Annual report of the Punjab Veterinary College and of the Civil Veterinary Department, Punjab - 1920-1925
Year: 1920
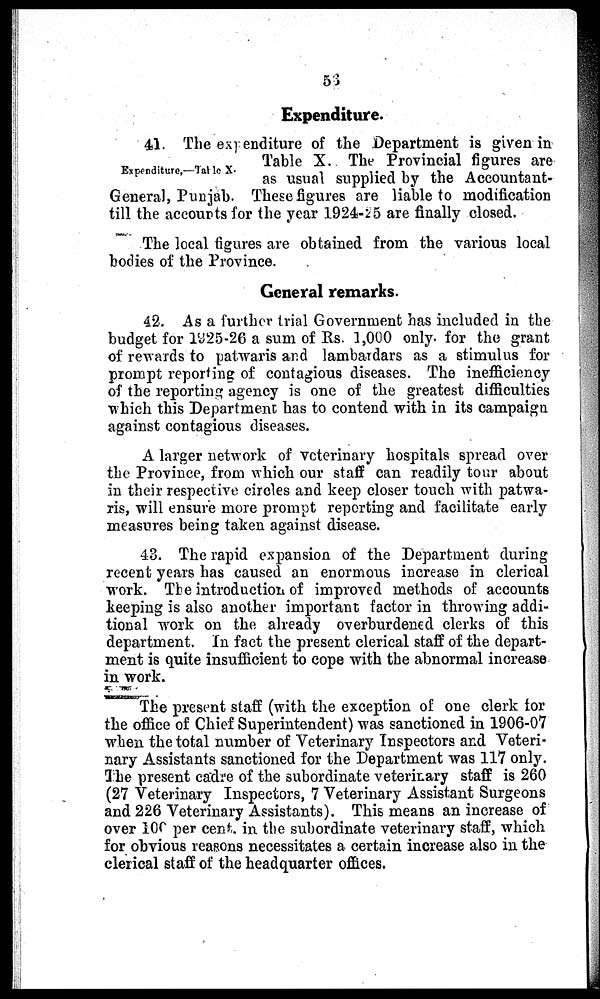
56
Expenditure.
Expenditure,—Table X.
41. The expenditure of the Department is given in
Table X. The Provincial figures are
as usual supplied by the Accountant-
General, Punjab. These figures are liable to modification
till the accounts for the year 1924-25 are finally closed.
The local figures are obtained from the various local
bodies of the Province.
General remarks.
42. As a further trial Government has included in the
budget for 1925-26 a sum of Rs. 1,000 only for the grant
of rewards to patwaris and lambardars as a stimulus for
prompt reporting of contagious diseases. The inefficiency
of the reporting agency is one of the greatest difficulties
which this Department has to contend with in its campaign
against contagious diseases.
A larger network of veterinary hospitals spread over
the Province, from which our staff can readily tour about
in their respective circles and keep closer touch with patwa-
ris, will ensure more prompt reporting and facilitate early
measures being taken against disease.
43. The rapid expansion of the Department during
recent years has caused an enormous increase in clerical
work. The introduction of improved methods of accounts
keeping is also another important factor in throwing addi-
tional work on the already overburdened clerks of this
department. In fact the present clerical staff of the depart-
ment is quite insufficient to cope with the abnormal increase
in work.
The present staff (with the exception of one clerk for
the office of Chief Superintendent) was sanctioned in 1906-07
when the total number of Veterinary Inspectors and Veteri-
nary Assistants sanctioned for the Department was 117 only.
The present cadre of the subordinate veterinary staff is 260
(27 Veterinary Inspectors, 7 Veterinary Assistant Surgeons
and 226 Veterinary Assistants). This means an increase of
over 100 per cent. in the subordinate veterinary staff, which
for obvious reasons necessitates a certain increase also in the
clerical staff of the headquarter offices.